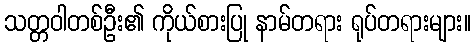
သတ္တဝါတစ်ဦး၏ ကိုယ်စားပြု နာမ်တရား ရုပ်တရားများ။